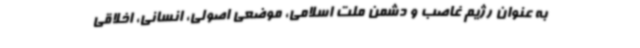
به عنوان رژیم غاصب و دشمن ملت اسلامی، موضعی اصولی، انسانی، اخلاقی